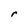
Character: r